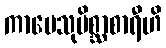
ကာမေသုမိစ္ဆာစာရီဟိ